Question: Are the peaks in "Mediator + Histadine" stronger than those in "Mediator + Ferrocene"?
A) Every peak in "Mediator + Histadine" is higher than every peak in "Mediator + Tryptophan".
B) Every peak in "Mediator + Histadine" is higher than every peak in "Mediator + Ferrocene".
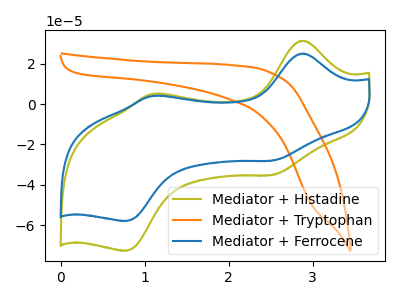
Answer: <think>The olive curve "Mediator + Histadine" has anodic peaks at (2.90V, 31.45uA) (1.10V, 5.10uA) and cathodic peaks at (2.50V, -35.10uA) (0.80V, -72.70uA). The orange curve "Mediator + Tryptophan" has no peaks. The blue curve "Mediator + Ferrocene" has anodic peaks at (2.90V, 25.05uA) (1.10V, 4.05uA) and cathodic peaks at (2.50V, -28.00uA) (0.80V, -57.95uA).</think>
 <answer>B) Every peak in "Mediator + Histadine" is higher than every peak in "Mediator + Ferrocene".</answer>
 <eval>B</eval>